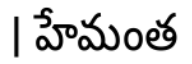
। హేమంత